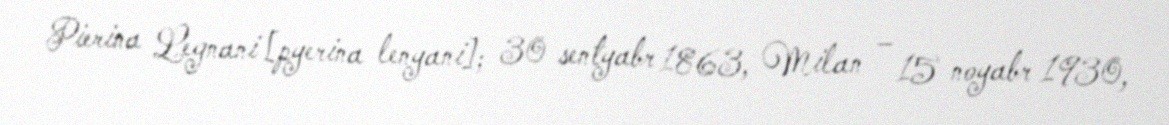
Pierina Legnani [pyerina lenyani]; 30 sentyabr 1863, Milan – 15 noyabr 1930,